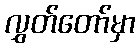
လွှတ်တော်မှာ